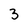
Character: 3